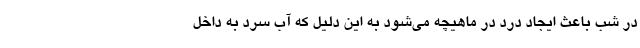
در شب باعث ایجاد درد در ماهیچه می‌شود به این دلیل که آب سرد به داخل